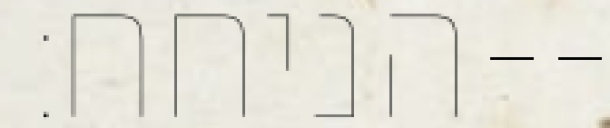
הניחח׃--